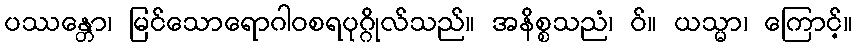
ပဿန္တော၊ မြင်သောရောဂါဝစရပုဂ္ဂိုလ်သည်။ အနိစ္စသညံ၊ ဝ်။ ယသ္မာ၊ ကြောင့်။